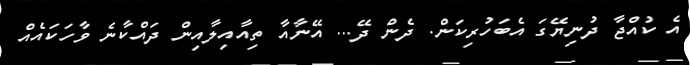
އެ ކުއްޖާ ދުނިޔޭގަ އެބަހުރިކަން. ދެން ދޭ... އޭނާއާ ތިއާއިލާއިން ދައްކާނެ ވާހަކައެއް